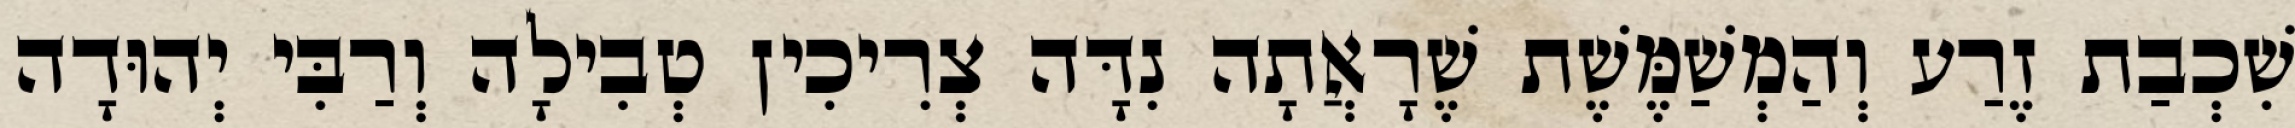
שִׁכְבַת זֶרַע וְהַמְשַׁמֶּשֶׁת שֶׁרָאֲתָה נִדָּה צְרִיכִין טְבִילָה וְרַבִּי יְהוּדָה